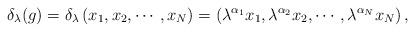
LaTeX: \begin{align*} \delta_{\lambda}(g)=\delta_{\lambda}\left(x_1,x_2,\cdots,x_N\right)=\left(\lambda^{\alpha_1} x_1,\lambda^{\alpha_2} x_2,\cdots,\lambda^{\alpha_N}x_N\right),\end{align*}